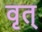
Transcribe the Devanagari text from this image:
वृत्